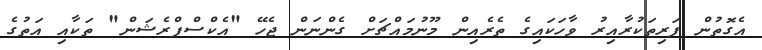
އެގޮތުން ފަރިތަކުރާއިރު ވާހަކައިގެ ތެރެއިން މޫނުމައްޗަށް ގެންނަން ޖެހޭ "އެކްސްޕްރެޝަން" ތަކާއި އަތުގެ